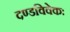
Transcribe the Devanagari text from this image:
दण्डविवेकः